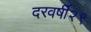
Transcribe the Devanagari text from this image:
दरवर्षी२९